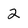
Character: 2